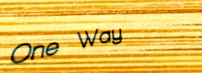
One Way